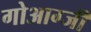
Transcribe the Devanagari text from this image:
गोआग्जी